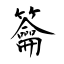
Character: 籥